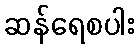
ဆန်ရေစပါး